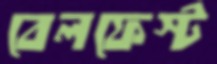
বেলফেস্ট